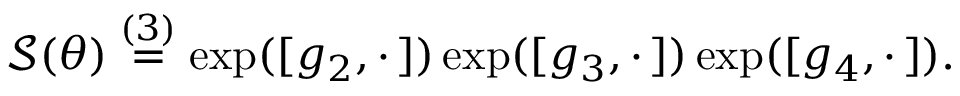
\mathcal { S } ( \theta ) \overset { ( 3 ) } { = } \exp ( [ g _ { 2 } , \cdot \, ] ) \exp ( [ g _ { 3 } , \cdot \, ] ) \exp ( [ g _ { 4 } , \cdot \, ] ) .